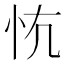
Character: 𢗟